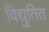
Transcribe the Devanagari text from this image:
विद्युतित